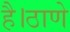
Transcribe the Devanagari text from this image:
है।ठाणे